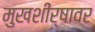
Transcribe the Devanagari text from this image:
मुखशीर्षावर